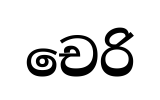
චෙරි